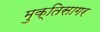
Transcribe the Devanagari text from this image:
मुक्तिसागर